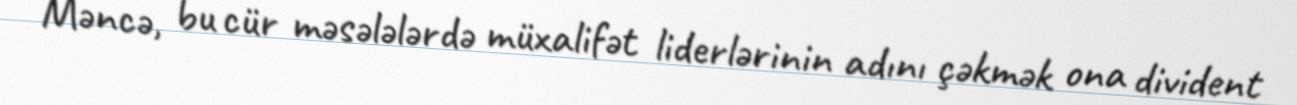
Məncə, bu cür məsələlərdə müxalifət liderlərinin adını çəkmək ona divident